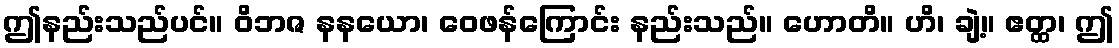
ဤနည်းသည်ပင်။ ဝိဘဇ နနယော၊ ဝေဖန်ကြောင်း နည်းသည်။ ဟောတိ။ ဟိ၊ ချဲ့။ ဧတ္ထ၊ ဤ